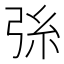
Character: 𢏛